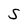
Character: S